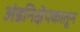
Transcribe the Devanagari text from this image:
अंडनिक्षेपकातून